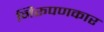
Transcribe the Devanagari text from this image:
निरूपणकार